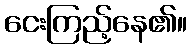
ငေးကြည့်နေ၏။